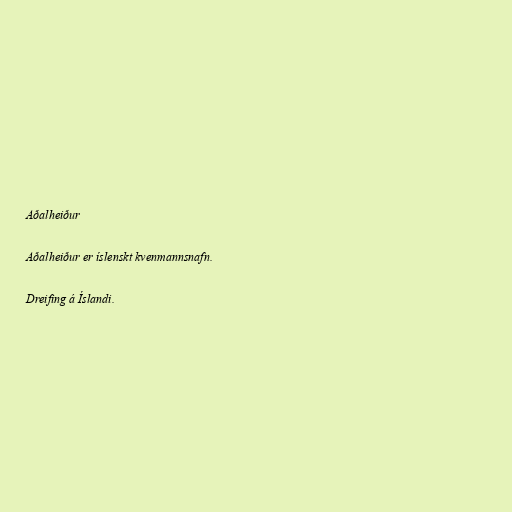
Aðalheiður

Aðalheiður er íslenskt kvenmannsnafn.

Dreifing á Íslandi.